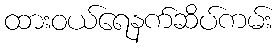
ထားဝယ်ရေနက်ဆိပ်ကမ်း